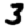
Digit: 3